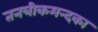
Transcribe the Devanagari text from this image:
तनत्रीकमन्दका